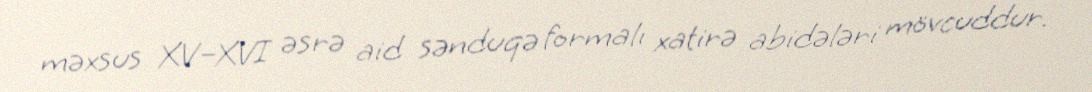
məxsus XV–XVI əsrə aid sənduqə formalı xatirə abidələri mövcuddur.